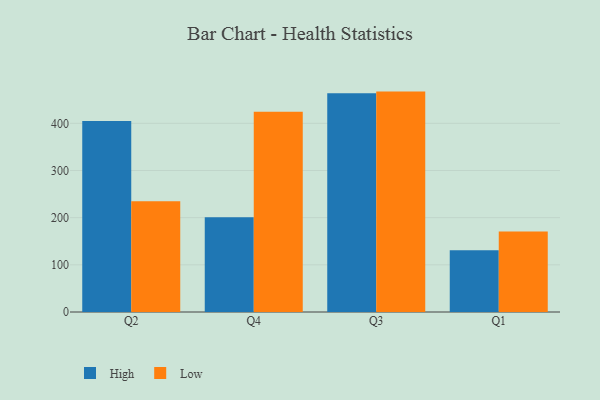
{"axis": {"x": "Quarter", "y": "Tickets Resolved"}, "legend": ["High", "Low"], "data": [{"x": "Q2", "y": 405.0, "type": "High"}, {"x": "Q2", "y": 234.7, "type": "Low"}, {"x": "Q4", "y": 201.1, "type": "High"}, {"x": "Q4", "y": 424.5, "type": "Low"}, {"x": "Q3", "y": 463.6, "type": "High"}, {"x": "Q3", "y": 467.3, "type": "Low"}, {"x": "Q1", "y": 131.1, "type": "High"}, {"x": "Q1", "y": 170.6, "type": "Low"}]}